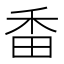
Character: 𤱜